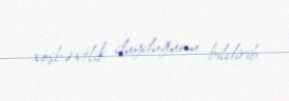
xoşbəxtlik duyduğunu bildirib.